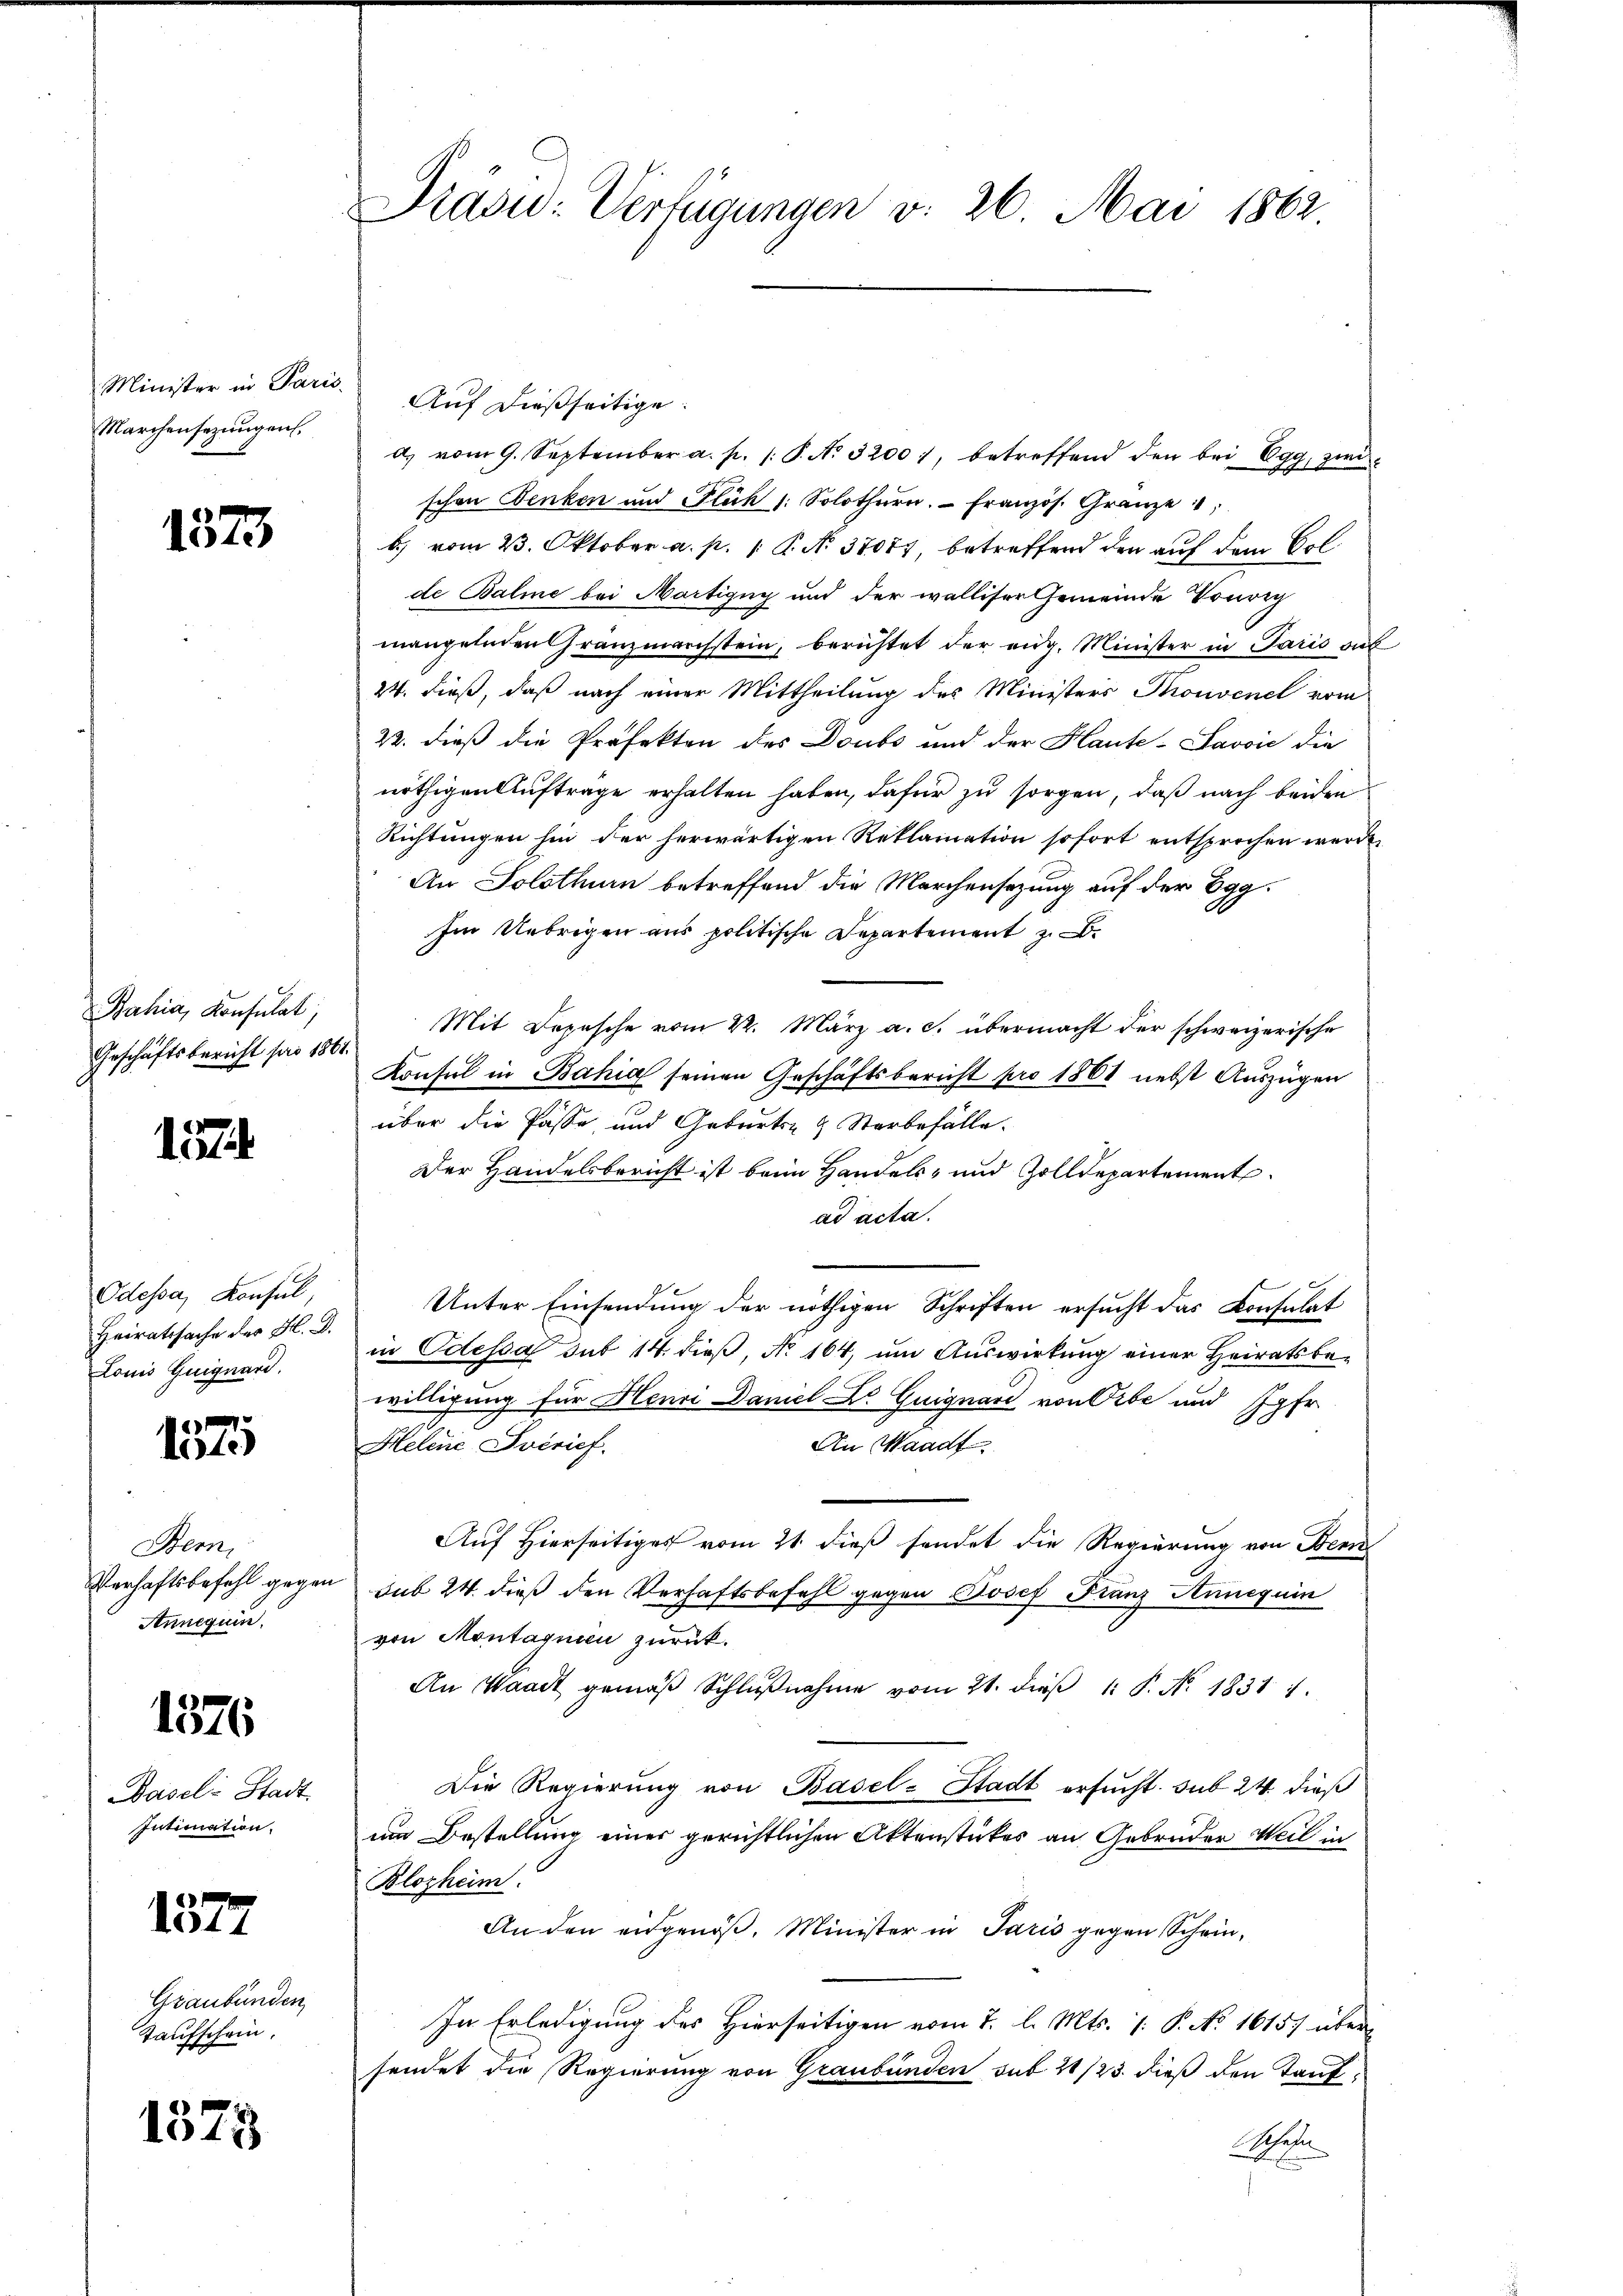
Minister in Paris.
Marchensezungen.

1373

Bahia, Konsulat,
Geschäftsbericht pro 1861.

1574

Odessa, Konsul,
Heiratssache des H. D.
Louis Guignard.

137

Bem,
Annequen

1576

Basel-Stadt
Intimation.

1377

Graubünden
Taufschein.

1375

Prasid: Verfügungen v. 26. Mai 1862

Auf dießseitige.
d. vom 9. September a. p. /: P. No. 32001, betreffend den bei Egg, zwei
schen Benken und Flüch /: Solothurn. Französ. Gränze
b) vom 23. Oktober a. p. 1 P. No. 37077, betreffend den auf dem Colde Balme bei Martigny und der walliser Gemeinde Tourig
mangelnden Gränzmarchstein, berichtet der eidg. Minister in Paris gab
24. dieß, daß nach einer Mittheilung des Ministers Thonvenel vom
22. dieß die Präfekten des Doubs und der Haute-Javvić die
nöthigen Auftrage erhalten haben, dafür zu sorgen, daß nach beiden
Richtungen hin der herwärtigen Reklamation sofort entsprochen werde,
An Solothurn betreffend die Marchensatzung auf der Egg¬
Im Uebrigen aus politische Departement z. B.
Mit Depesche vom 22. März a. c. übermacht der schweizerische
Konsul in Bahia seinen Geschäftsbericht pro 1868 nebst Auszügen
über die Pässe, und Geburts- & Sterbefälle.
Der Handelsbericht ist beim Handels- und Zolldepartement
ad acta.
Unter Einsendung der nöthigen Schriften ersucht das Konsulat
in Odessa sub 14. dieß, No 164, um Auswirkung einer Heiratsbewilligung für Henri Damit Dr Guignard von Gebe und Jgfr.
An Waadt
Helene Sverief.
Auf Hierseitiges vom 21. dieß sendet die Regierung von Benn
Verhaftsbefehl gegen sub 24. dieß den Verhaftsbefehl gegen Josef Franz Anneguin
von Montagnien zurück.
An Waadt gemäβ Schlŭβnahme vom 21. dieβ 1: P. No. 1831 1.
Die Regierung von Basel-Stadt ersucht. sub 24 dieß
um Bestellung einer gerichtlichen Aktenstückes an Gebrüder Weil in
Blozheim.
An den eidgenöß. Minister in Paris gegen Schein,
In Erledigung des Hierseitigen vom 2. l. Mts. 1. P. No 1615) übersendet die Regierung von Graubünden sub 21/23. dieß den Taufe